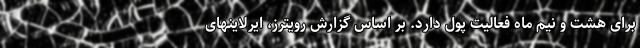
برای هشت و نیم ماه فعالیت پول دارد. بر اساس گزارش رویترز، ایرلاینهای